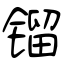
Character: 镏